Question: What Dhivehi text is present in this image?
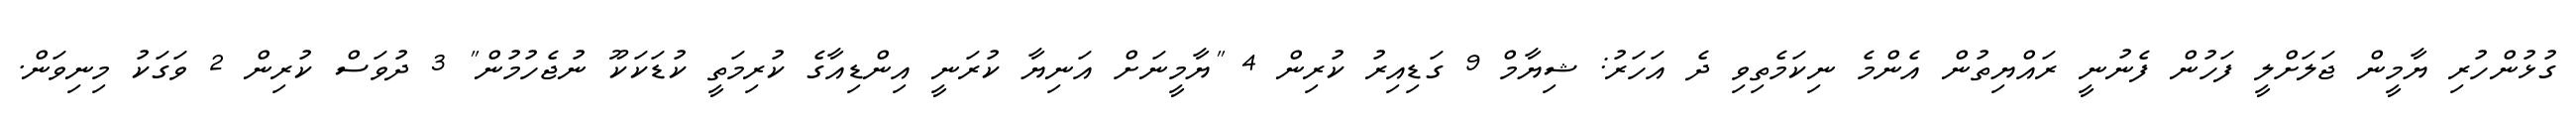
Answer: ގުޅުންހުރި ޔާމީން ޖަލަށްލީ ފަހުން ފެނުނީ ރައްޔިތުން އެންމެ ނިކަމެތިވި ދެ އަހަރު: ޝިޔާމް 9 ގަޑިއިރު ކުރިން 4 "ޔާމީނަށް އަނިޔާ ކުރަނީ އިންޑިއާގެ ކުރިމަތީ ކުޑަކަކޫ ނުޖެހުމުން" 3 ދުވަސް ކުރިން 2 ވަގަކު މިނިވަން.